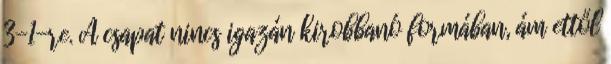
3-1-re. A csapat nincs igazán kirobbanó formában, ám ettől